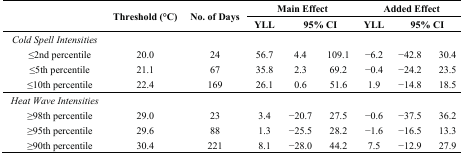
<table><thead><tr><td rowspan="2"></td><td rowspan="2"><b>Threshold (°C)</b></td><td rowspan="2"><b>No. of Days</b></td><td colspan="3"><b>Main Effect</b></td><td colspan="3"><b>Added Effect</b></td></tr><tr><td><b>YLL</b></td><td colspan="2"><b>95% CI</b></td><td><b>YLL</b></td><td colspan="2"><b>95% CI</b></td></tr></thead><tbody><tr><td><i>Cold Spell Intensities</i></td><td></td><td></td><td></td><td></td><td></td><td></td><td></td><td></td></tr><tr><td>≤2nd percentile</td><td>20.0</td><td>24</td><td>56.7</td><td>4.4</td><td>109.1</td><td>−6.2</td><td>−42.8</td><td>30.4</td></tr><tr><td>≤5th percentile</td><td>21.1</td><td>67</td><td>35.8</td><td>2.3</td><td>69.2</td><td>−0.4</td><td>−24.2</td><td>23.5</td></tr><tr><td>≤10th percentile</td><td>22.4</td><td>169</td><td>26.1</td><td>0.6</td><td>51.6</td><td>1.9</td><td>−14.8</td><td>18.5</td></tr><tr><td><i>Heat Wave Intensities</i></td><td></td><td></td><td></td><td></td><td></td><td></td><td></td><td></td></tr><tr><td>≥98th percentile</td><td>29.0</td><td>23</td><td>3.4</td><td>−20.7</td><td>27.5</td><td>−0.6</td><td>−37.5</td><td>36.2</td></tr><tr><td>≥95th percentile</td><td>29.6</td><td>88</td><td>1.3</td><td>−25.5</td><td>28.2</td><td>−1.6</td><td>−16.5</td><td>13.3</td></tr><tr><td>≥90th percentile</td><td>30.4</td><td>221</td><td>8.1</td><td>−28.0</td><td>44.2</td><td>7.5</td><td>−12.9</td><td>27.9</td></tr></tbody></table>